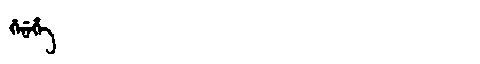
Manchu: ᡤᡝᠨᡝᡥᡝ
Romanization: GENEHE